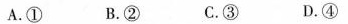
A.① B.② C.③ D.④